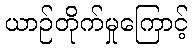
ယာဉ်တိုက်မှုကြောင့်